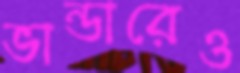
ভান্ডারেও